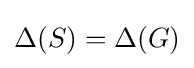
\Delta (S)=\Delta (G)